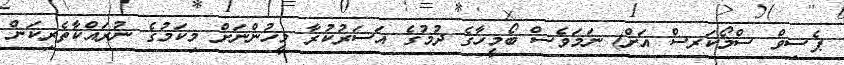
ޕެސިވް ސްމޯކަރސް އަށް) ނަމަވެސް ބޯމީހާގެ ދުމުގެ އަސަރުކުރާ މީހުންނަށް މިކަމުގެ ނުރައްކާތެރިކަން